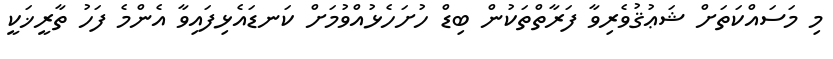
މި މަސައްކަތަށް ޝަޢުޤުވެރިވާ ފަރާތްތަކުން ބިޑް ހުށަހެޅުއްވުމަށް ކަނޑައެޅިފައިވާ އެންމެ ފަހު ތާރީޚަކީ